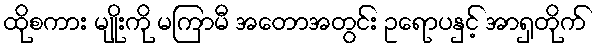
ထိုစကား မျိုးကို မကြာမီ အတောအတွင်း ဥရောပနှင့် အာရှတိုက်